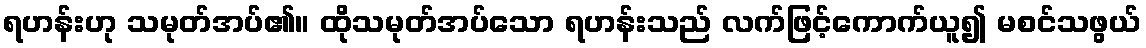
ရဟန်းဟု သမုတ်အပ်၏။ ထိုသမုတ်အပ်သော ရဟန်းသည် လက်ဖြင့်ကောက်ယူ၍ မစင်သဖွယ်